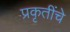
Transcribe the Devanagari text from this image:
प्रकृतींचे